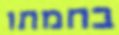
בחמתו